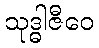
သုဒ္ဓါဇီဝေ